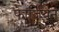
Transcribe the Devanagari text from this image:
फार्जियन